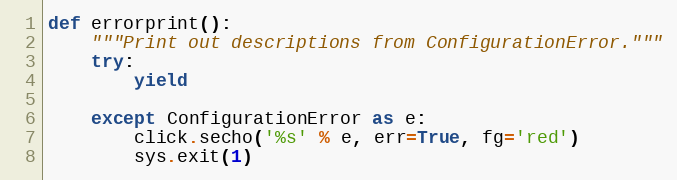
Language: Python
def errorprint():
    """Print out descriptions from ConfigurationError."""
    try:
        yield

    except ConfigurationError as e:
        click.secho('%s' % e, err=True, fg='red')
        sys.exit(1)